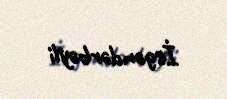
İsgəndərbəyli